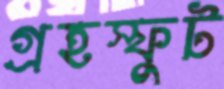
গ্রহস্ফুট